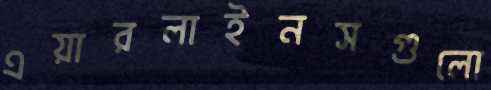
এয়ারলাইনসগুলো